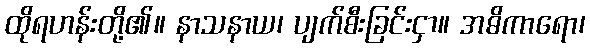
ထိုရဟန်းတို့၏။ နာသနာယ၊ ပျက်စီးခြင်းငှာ။ အဓိကာရော၊